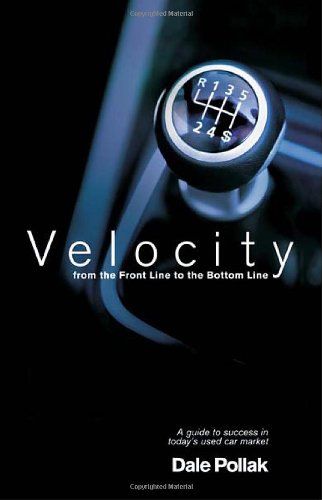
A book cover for Velocity: From the Front Line to the Bottom Line; Dale Pollak; Engineering & Transportation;